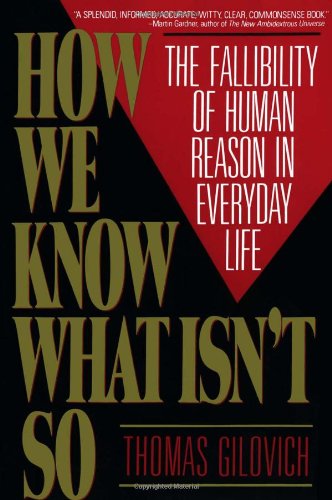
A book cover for How We Know What Isn't So: The Fallibility of Human Reason in Everyday Life; Thomas Gilovich; Politics & Social Sciences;